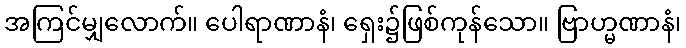
အကြင်မျှလောက်။ ပေါရာဏာနံ၊ ရှေး၌ဖြစ်ကုန်သော။ ဗြာဟ္မဏာနံ၊